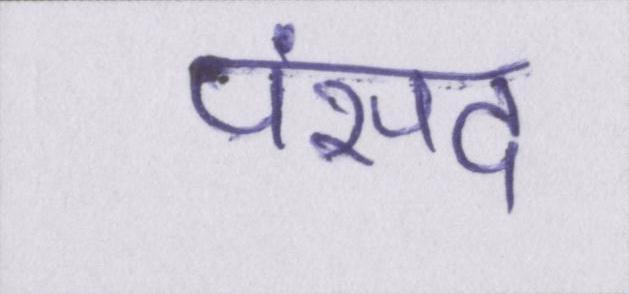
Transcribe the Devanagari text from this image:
पंसद